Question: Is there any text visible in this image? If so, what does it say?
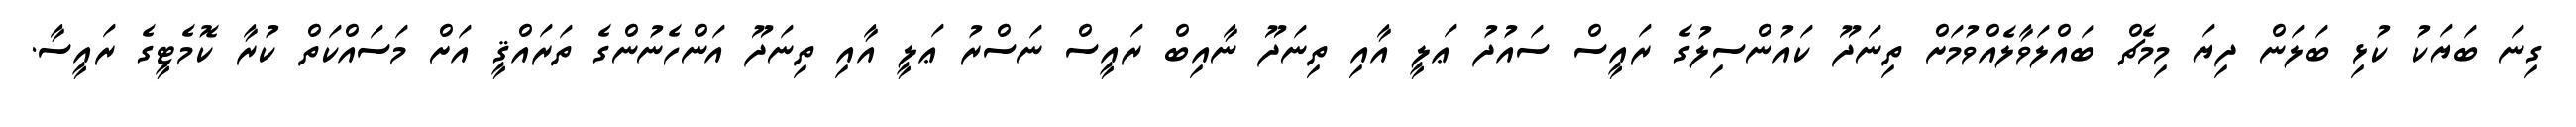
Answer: ގިނަ ބަޔަކު ކުޅި ބަލަން ދިޔަ މިމެޗް ބައްލަވާލެއްވުމަށް ތިނަދޫ ކައުންސިލުގެ ރައީސް ސައުދު ޢަލީ އާއި ތިނަދޫ ނާއިބް ރައީސް ނަސްރު ޢަލީ އާއި ތިނަދޫ އަންހެނުންގެ ތަރައްޤީ އަށް މަސައްކަތް ކުރާ ކޮމެޓީގެ ރައީސާ.